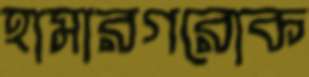
হামারগরোক